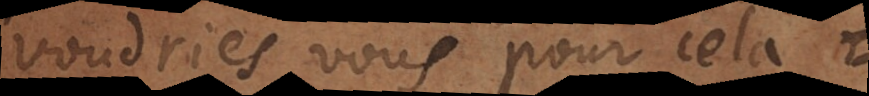
voudries vous pour cela